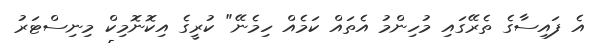
އެ ފައިސާގެ ތެރޭގައި މުހިންމު އެތައް ކަމެއް ހިމެނޭ" ކުރީގެ އިކޮނޮމިކް މިނިސްޓަރު